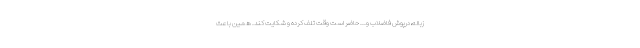
زباله،درپوش فاضلاب و... حاضر است وقت تلف کرده و شکایت کند. همین باعث